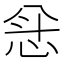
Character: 𫺅